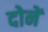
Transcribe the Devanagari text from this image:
दोनें